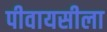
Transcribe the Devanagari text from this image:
पीवायसीला